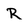
Character: R